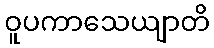
ဝူပကာသေယျာတိ